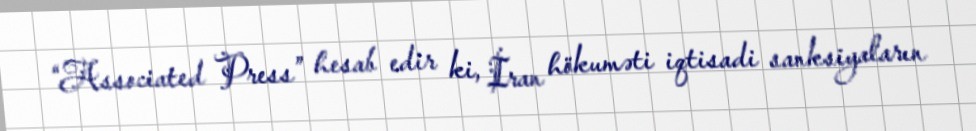
“Associated Press” hesab edir ki, İran hökuməti iqtisadi sanksiyaların